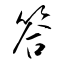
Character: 答